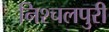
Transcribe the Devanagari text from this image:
निश्चलपुरी